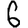
Digit: 6